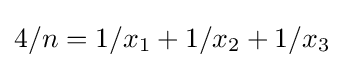
4/n=1/x_{1}+1/x_{2}+1/x_{3}